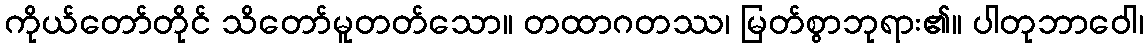
ကိုယ်တော်တိုင် သိတော်မူတတ်သော။ တထာဂတဿ၊ မြတ်စွာဘုရား၏။ ပါတုဘာဝေါ၊